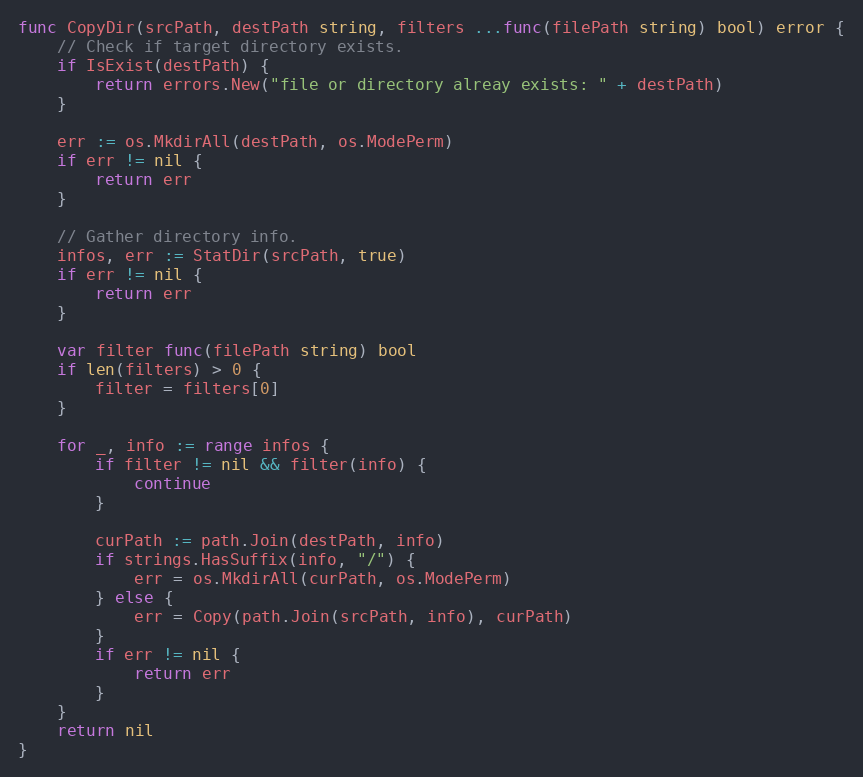
Language: Go
func CopyDir(srcPath, destPath string, filters ...func(filePath string) bool) error {
	// Check if target directory exists.
	if IsExist(destPath) {
		return errors.New("file or directory alreay exists: " + destPath)
	}

	err := os.MkdirAll(destPath, os.ModePerm)
	if err != nil {
		return err
	}

	// Gather directory info.
	infos, err := StatDir(srcPath, true)
	if err != nil {
		return err
	}

	var filter func(filePath string) bool
	if len(filters) > 0 {
		filter = filters[0]
	}

	for _, info := range infos {
		if filter != nil && filter(info) {
			continue
		}

		curPath := path.Join(destPath, info)
		if strings.HasSuffix(info, "/") {
			err = os.MkdirAll(curPath, os.ModePerm)
		} else {
			err = Copy(path.Join(srcPath, info), curPath)
		}
		if err != nil {
			return err
		}
	}
	return nil
}